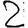
Digit: 2